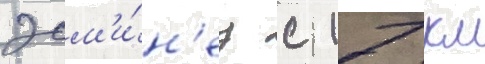
эсм'и́н'ец с 17 км